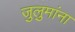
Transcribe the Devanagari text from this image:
जुलुमांना